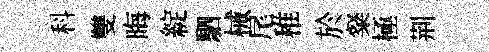
科雙晦綻駟械尾稚於粲極荆